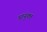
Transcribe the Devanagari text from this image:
प्रायुक्त